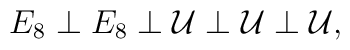
E_8 \perp E_8 \perp {\cal U} \perp {\cal U} \perp {\cal U},